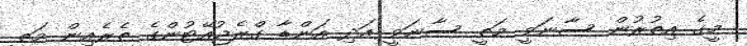
މީގެ އިތުރުން ސާނަވީ މަތީ ސާނަވީ އަދި އަންޑާ ގްރެޖުއޭޓުންގެ ތެރެއިން މަތީ